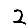
Digit: 2